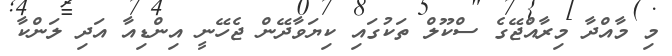
މި މާއްދާ މިރާއްޖޭގެ ސްކޫލް ތަކުގައި ކިޔަވާދޭން ޖެހޭނީ އިންޑިއާ އަދި ލަންކާ